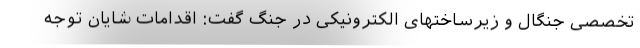
تخصصی جنگال و زیرساختهای الکترونیکی در جنگ گفت: اقدامات شایان توجه